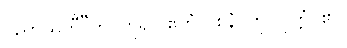
ပညာယတီ”တိ၊ ဟူ၍။ ဧတံ ဝစနံ၊ ကို။ ဝုတ္တံ၊ ၏။